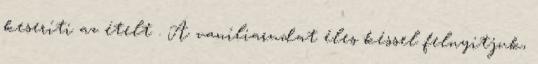
keseríti az ételt . A vaníliarudat éles késsel felnyitjuk,